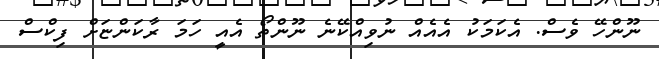
ނޫންހޭ ވެސް. އެކަމަކު އެއެއް ނުވިއްކޭނެ ނޫންތޯ އެއީ ހަމަ ރާކަންޏަށް ފިކްސް